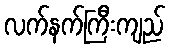
လက်နက်ကြီးကျည်